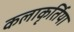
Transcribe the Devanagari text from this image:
कलाकृर्तिया